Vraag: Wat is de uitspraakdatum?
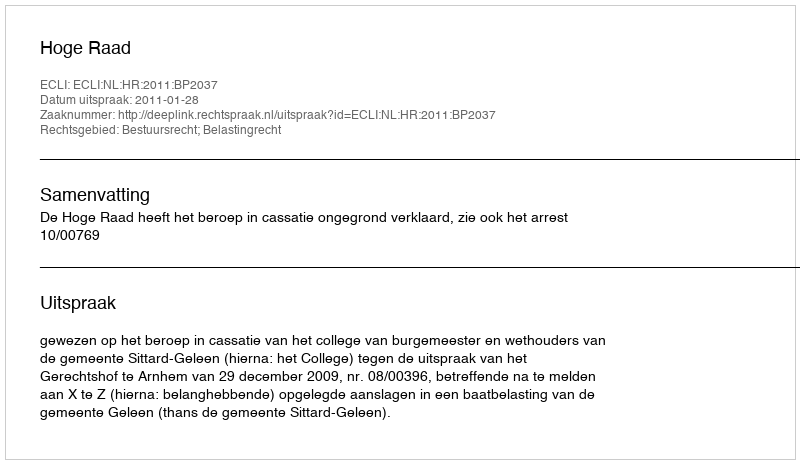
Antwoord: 2011-01-28